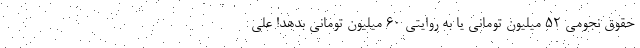
حقوق نجومیِ ۵۲ میلیون تومانی یا به روایتی ۶۰ میلیون تومانی بدهد! علی